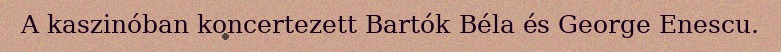
A kaszinóban koncertezett Bartók Béla és George Enescu.